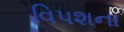
વિપશના